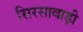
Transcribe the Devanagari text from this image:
सिरसावाड़ी